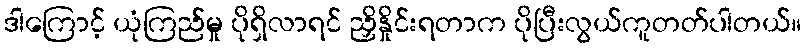
ဒါကြောင့် ယုံကြည်မှု ပိုရှိလာရင် ညှိနှိုင်းရတာက ပိုပြီးလွယ်ကူတတ်ပါတယ်။